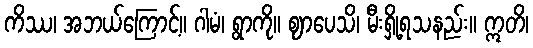
ကိဿ၊ အဘယ်ကြောင့်။ ဂါမံ၊ ရွာကို။ ဈာပေသိ၊ မီးရှို့ရသနည်း။ ဣတိ၊